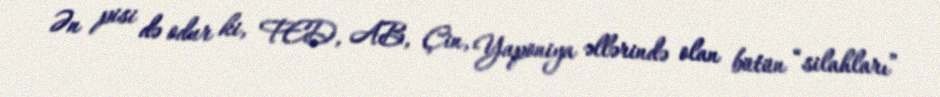
Ən pisi də odur ki, FED, AB, Çin, Yaponiya əllərində olan bütün “silahları”